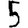
Digit: 5